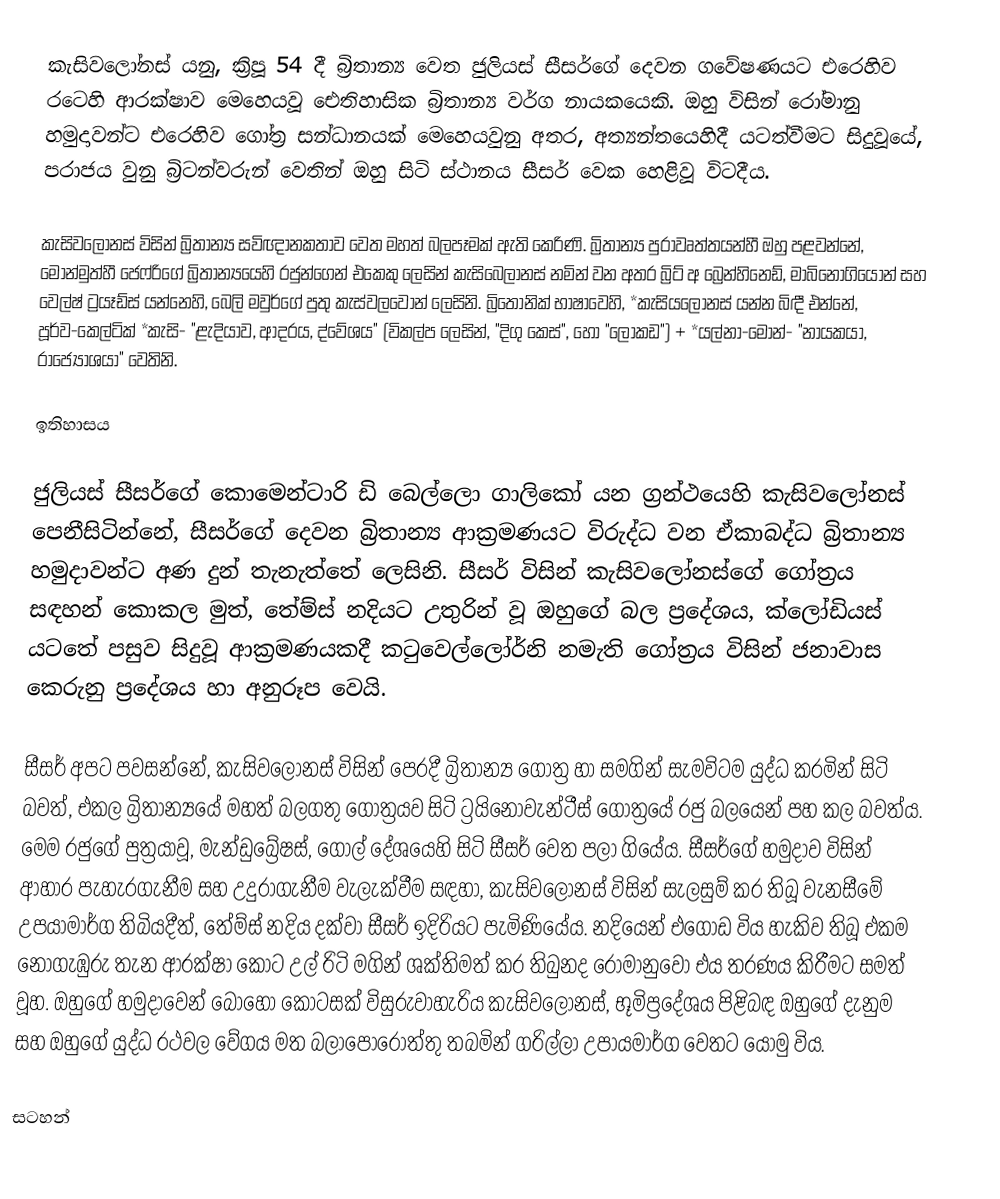
කැසිවලෝනස් යනු,  ක්‍රිපූ 54 දී බ්‍රිතාන්‍ය වෙත ජුලියස් සීසර්ගේ දෙවන ගවේෂණයට එරෙහිව රටෙහි ආරක්ෂාව මෙහෙයවූ ඓතිහාසික  බ්‍රිතාන්‍ය වර්ග නායකයෙකි. ඔහු විසින්  රෝමානු හමුදාවන්ට එරෙහිව ගෝත්‍ර සන්ධානයක් මෙහෙයවුනු අතර, අත්‍යන්තයෙහිදී යටත්වීමට සිදුවූයේ,  පරාජය වුනු බ්‍රිටන්වරුන් වෙතින් ඔහු සිටි ස්ථානය සීසර් වෙක හෙළිවූ විටදීය.

කැසිවලෝනස් විසින් බ්‍රිතාන්‍ය සවිඥානකතාව වෙත  මහත් බලපෑමක් ඇති කෙරිණි. බ්‍රිතාන්‍ය පුරාවෘත්තයන්හී ඔහු පළවන්නේ,  මොන්මුත්හී ජෙෆ්රිගේ බ්‍රිතාන්‍යයෙහි රජුන්ගෙන් එකෙකු ලෙසින් කැසිබෙලානස් නමින් වන අතර බ්‍රිට් අ බ්‍රෙන්හිනෙඩ්, මාබිනෝගියොන් සහ වෙල්ෂ් ට්‍රයෑඩ්ස් යන්නෙහි, බෙලි මවුර්ගේ පුතු කැස්වලවෝන් ලෙසිනි. බ්‍රිතෝනික් භාෂාවෙහි, *කැසියලෝනස් යන්න බිඳී එන්නේ, පූර්ව-කෙල්ටික් *කැසි- "ළැදියාව, ආදරය, ද්වේශය" (විකල්ප ලෙසින්, "දිගු කෙස්", හෝ  "ලෝකඩ") + *යල්නා-මොන්- "නායකයා, රාජ්‍යෝශයා" වෙතිනි.

ඉතිහාසය

ජුලියස් සීසර්ගේ  කොමෙන්ටාරි ඩි බෙල්ලො ගාලිකෝ යන ග්‍රන්ථයෙහි කැසිවලෝනස් පෙනීසිටින්නේ, සීසර්ගේ දෙවන බ්‍රිතාන්‍ය ආක්‍රමණයට විරුද්ධ වන ඒකාබද්ධ බ්‍රිතාන්‍ය හමුදාවන්ට අණ දුන් තැනැත්තේ ලෙසිනි. සීසර් විසින් කැසිවලෝනස්ගේ ගෝත්‍රය සඳහන් කොකල මුත්, තේම්ස් නදියට උතුරින් වූ ඔහුගේ බල ප්‍රදේශය, ක්ලෝඩියස් යටතේ පසුව සිදුවූ ආක්‍රමණයකදී කටුවෙල්ලෝර්නි නමැති ගෝත්‍රය විසින් ජනාවාස කෙරුනු ප්‍රදේශය හා අනුරූප වෙයි.

සීසර් අපට පවසන්නේ,  කැසිවලෝනස් විසින් පෙරදී බ්‍රිතාන්‍ය ගෝත්‍ර හා සමගින් සැමවිටම යුද්ධ කරමින් සිටි බවත්, එකල බ්‍රිතාන්‍යයේ මහත් බලගතු ගෝත්‍රයව සිටි ට්‍රයිනොවැන්ටීස් ගෝත්‍රයේ රජු බලයෙන් පහ කල බවත්ය. මෙම රජුගේ පුත්‍රයාවූ, මැන්ඩුබ්‍රේෂස්, ගෝල් දේශයෙහි සිටි සීසර් වෙත පලා ගියේය. සීසර්ගේ හමුදාව විසින් ආහාර පැහැරගැනීම සහ උදුරාගැනීම වැලැක්වීම සඳහා, කැසිවලෝනස් විසින් සැලසුම් කර තිබූ වැනසීමේ උපයාමාර්ග තිබියදීත්, තේම්ස් නදිය දක්වා සීසර්  ඉදිරියට පැමිණියේය. නදියෙන් එගොඩ විය හැකිව තිබූ එකම නොගැඹුරු තැන ආරක්ෂා කොට උල් රිටි මගින් ශක්තිමත් කර තිබුනද රෝමානුවෝ එය තරණය කිරීමට සමත් වූහ. ඔහුගේ හමුදාවෙන් බොහෝ කොටසක් විසුරුවාහැරිය කැසිවලෝනස්, භූමිප්‍රදේශය පිළිබඳ ඔහුගේ දැනුම සහ ඔහුගේ යුද්ධ රථවල වේගය මත බලාපොරොත්තු තබමින් ගරිල්ලා උපායමාර්ග වෙතට යොමු විය.

සටහන්